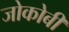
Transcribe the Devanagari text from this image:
जोकोबी